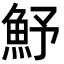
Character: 魣